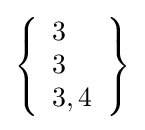
\left\{{\begin{array}{l}3\\3\\3,4\end{array}}\right\}